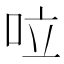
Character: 㕸